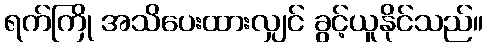
ရက်ကြို အသိပေးထားလျှင် ခွင့်ယူနိုင်သည်။